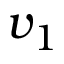
v _ { 1 }